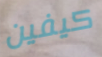
كيفين